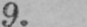
9.